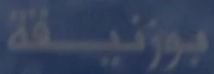
بوزنيفة